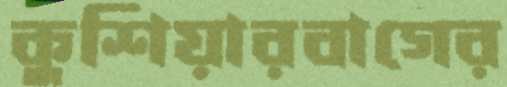
কুশিয়ারবাগের